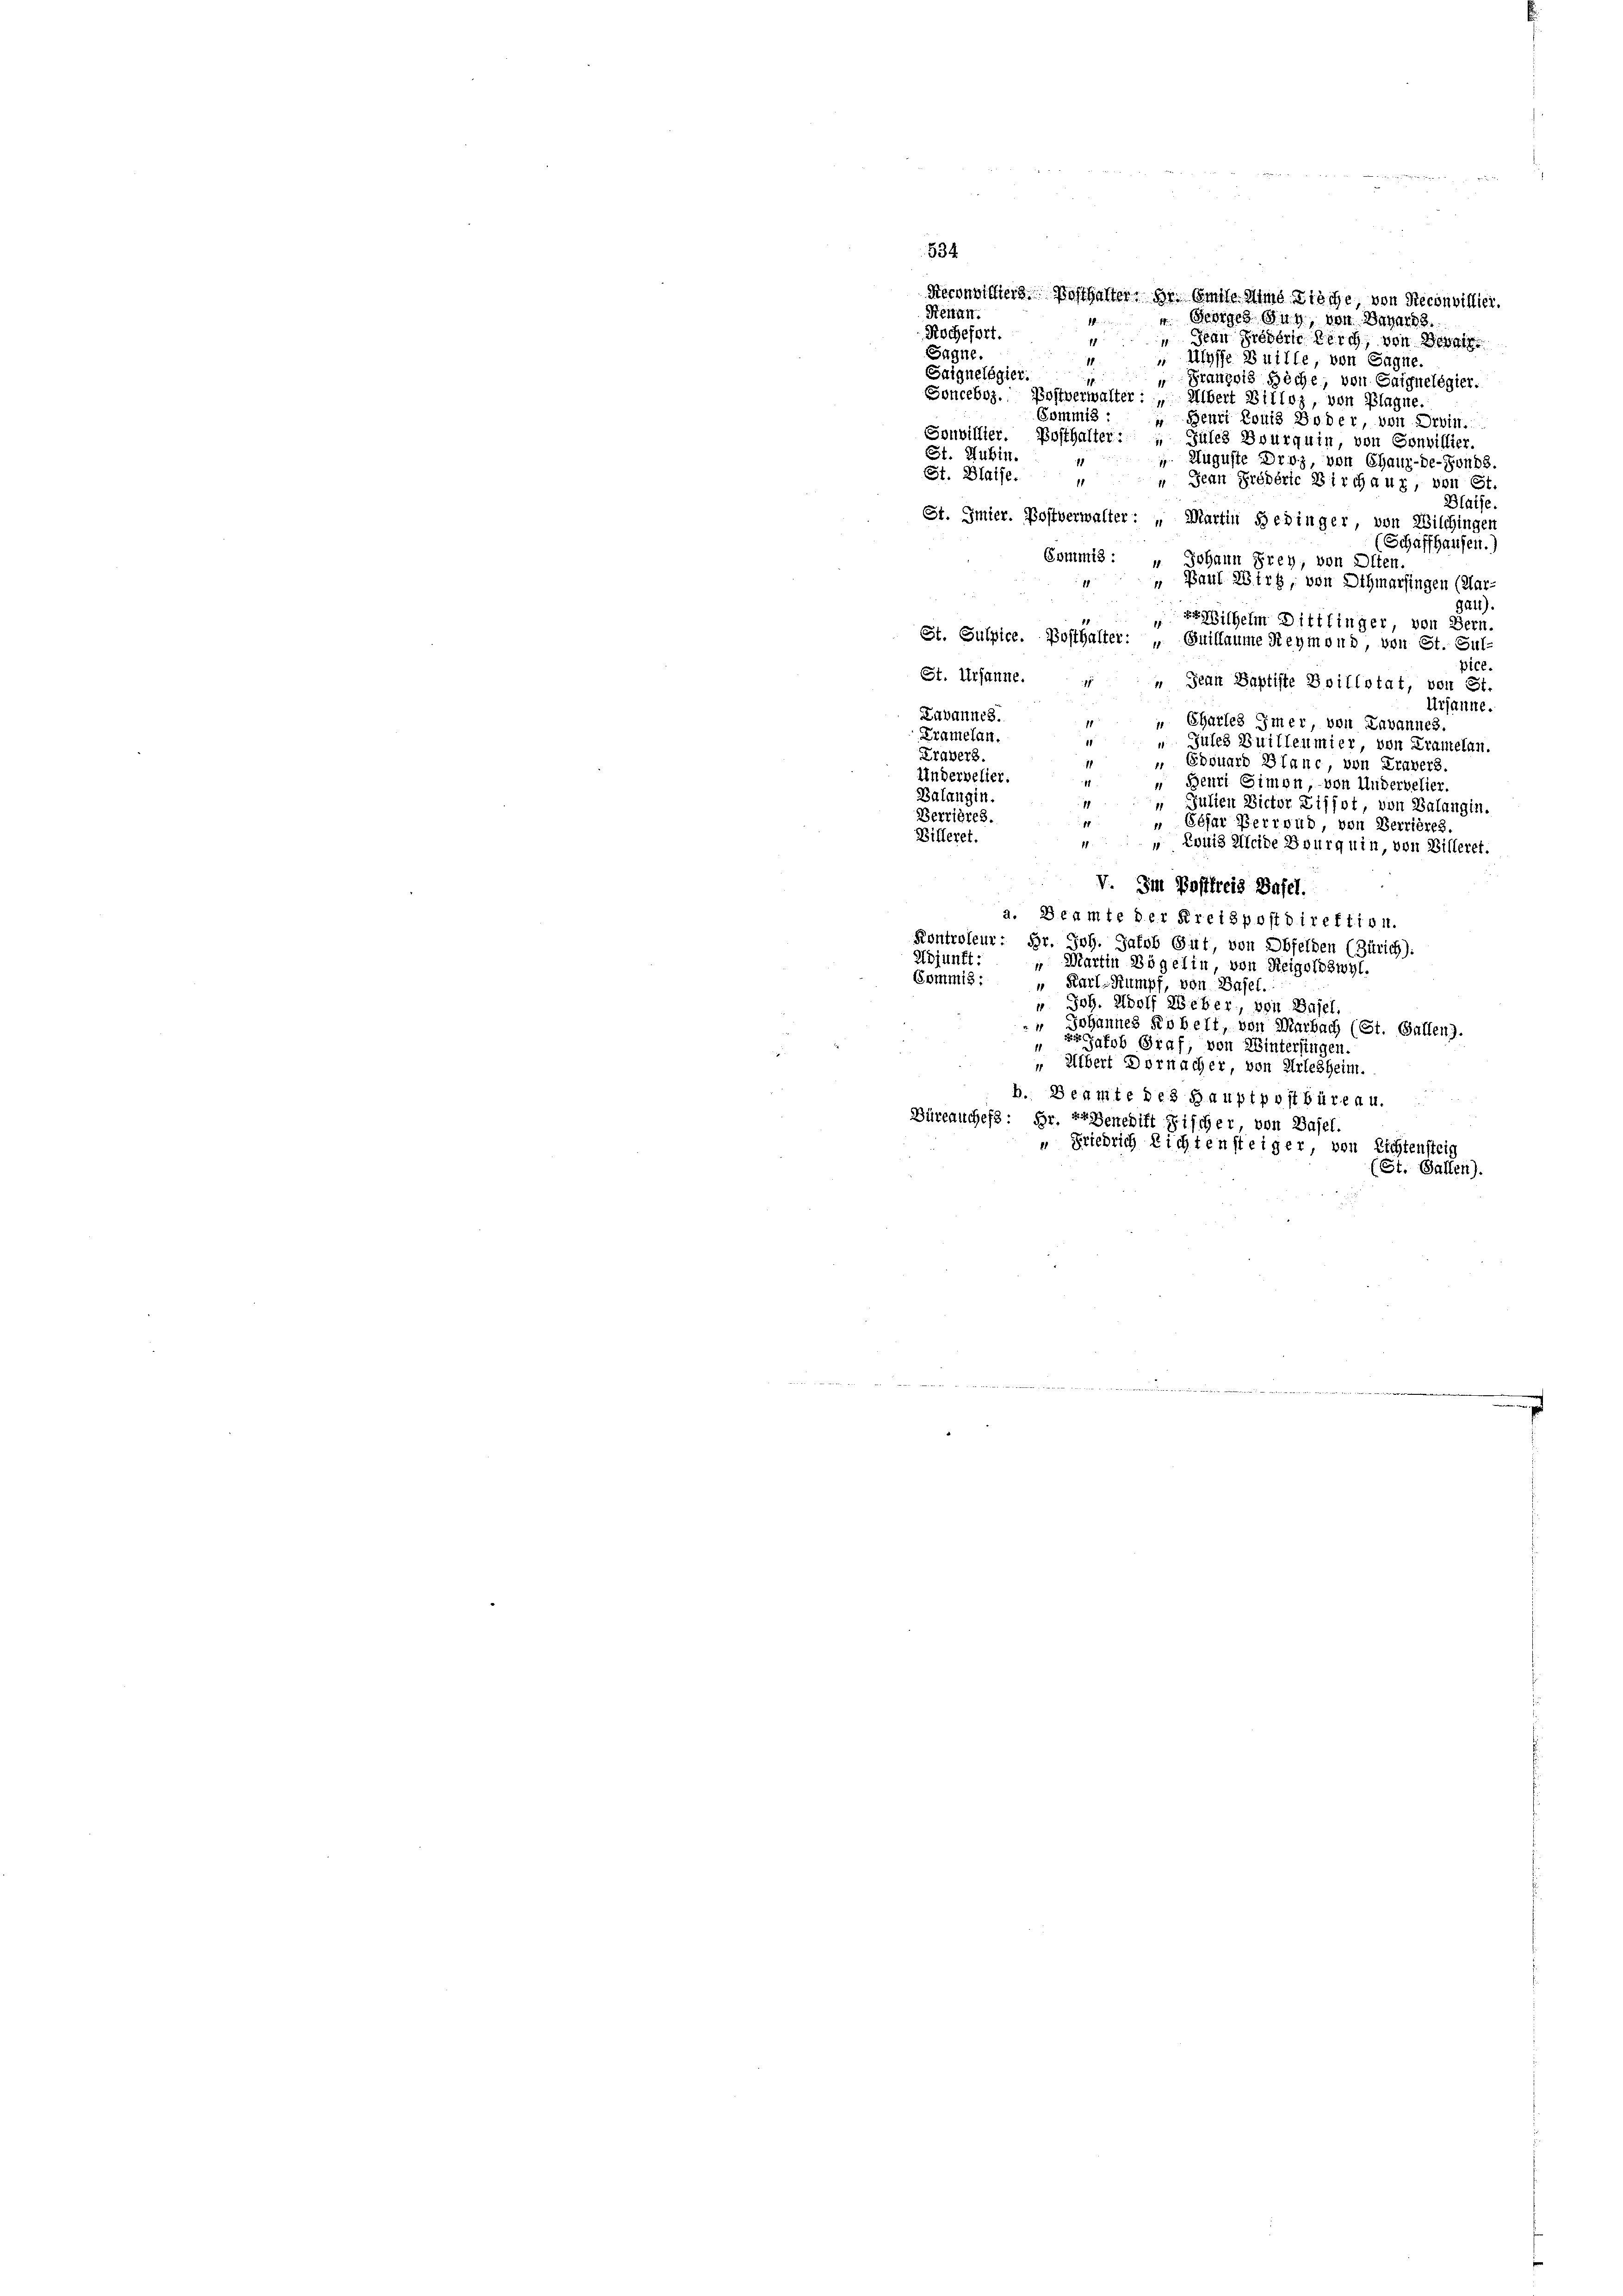
Reconvictiers Posthalter, Hr. Amise und Zieche, von Reconvillier
Retan.
Resiges Zug, von Departs.
Kochefort.
San Freverie durch, von Bewei
1
Sagne.
Ulysse Buille, von Gagne.
18
Saiguelegier.
„Gränz(...) Bäche, von Saiguelégier.
Sonceboz. Postverwalter: „Übert Billoz, von Blagne.
Commis :
Benri Louis Boder, von Drein.
Souvillier. Posthalter: „Güles Bourquin, von Sonvillier.
St. Hubin.
g
1 Auguste Droz, von Chaux-de-Fonds
St. Blatte.
 Jean Pröderte Birchaur, von St.
¬
Halfe.
St. Imier. Postverwalter: „Martin Bedinger, von Wilchingen
(Schaffhausen.)
Commis: " Johann Frey, von Olten.
1
 Paul Wirt, von Othmarsingen (Mar-
Gau).
Wilhelm Dittlinger, von Bern.
St. Gulpice. Posthalter: „Guillaume Reymond, von St. Jul.
pice
St. Ursanne. Jean Baptiste Boillstat, von St.
Ursanne.
Labannes.
" Charfes imer, von Lavannes
Kramelan.
1
Jules Builleumier, von Kramelan
Travers
 Edouard Blanc, von Travers.
1
Undervelier.
Benri Gimon, von Andervelier.
Balangin.
1
 Julien Victor Ziffet, von Balangin.
Berrières.
17
 Géfar Perroub, von Verrières.
Billeret.

„ Louis leide Bourg uin, von Billeret.
V. Im Postfreis Basel.
a. Beamte der Kreispostdirektion.
Kontroleur. Hr. Joh. Jakob Gut, von Obfelden (Zürich).
Adjunft:
Martin Bögelin, von Reigoldswyl,
11
Commis:
" Karl-Sumpf, von Basel.
 Joh. Wolf Weber, von Basel.
" Johannes Robert, von Marbach (St. Gallenz
11
gfob Graf, von Wintersingen.
" Albert Dornacher, von Arlesheim.
b. Beamte des Hauptpostbüreau.
Büreauches: Hr. Erbenedift Fischer von Basel.
“ Friedrich Richtensteiger von Lichtensteig
(St. Gallen)

534